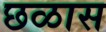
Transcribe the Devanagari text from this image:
छळास